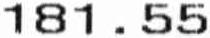
181.55